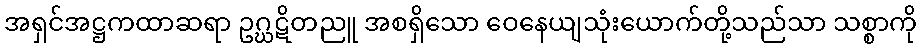
အရှင်အဋ္ဌကထာဆရာ ဥဂ္ဃဋိတညူ အစရှိသော ဝေနေယျသုံးယောက်တို့သည်သာ သစ္စာကို